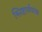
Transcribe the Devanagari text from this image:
श्लिष्टार्थपरक